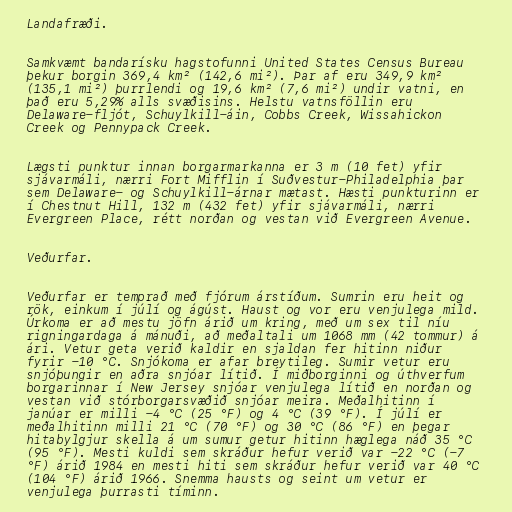
Landafræði.

Samkvæmt bandarísku hagstofunni United States Census Bureau
þekur borgin 369,4 km² (142,6 mi²). Þar af eru 349,9 km²
(135,1 mi²) þurrlendi og 19,6 km² (7,6 mi²) undir vatni, en
það eru 5,29% alls svæðisins. Helstu vatnsföllin eru
Delaware-fljót, Schuylkill-áin, Cobbs Creek, Wissahickon
Creek og Pennypack Creek.

Lægsti punktur innan borgarmarkanna er 3 m (10 fet) yfir
sjávarmáli, nærri Fort Mifflin í Suðvestur-Philadelphia þar
sem Delaware- og Schuylkill-árnar mætast. Hæsti punkturinn er
í Chestnut Hill, 132 m (432 fet) yfir sjávarmáli, nærri
Evergreen Place, rétt norðan og vestan við Evergreen Avenue.

Veðurfar.

Veðurfar er temprað með fjórum árstíðum. Sumrin eru heit og
rök, einkum í júlí og ágúst. Haust og vor eru venjulega mild.
Úrkoma er að mestu jöfn árið um kring, með um sex til níu
rigningardaga á mánuði, að meðaltali um 1068 mm (42 tommur) á
ári. Vetur geta verið kaldir en sjaldan fer hitinn niður
fyrir -10 °C. Snjókoma er afar breytileg. Sumir vetur eru
snjóþungir en aðra snjóar lítið. Í miðborginni og úthverfum
borgarinnar í New Jersey snjóar venjulega lítið en norðan og
vestan við stórborgarsvæðið snjóar meira. Meðalhitinn í
janúar er milli -4 °C (25 °F) og 4 °C (39 °F). Í júlí er
meðalhitinn milli 21 °C (70 °F) og 30 °C (86 °F) en þegar
hitabylgjur skella á um sumur getur hitinn hæglega náð 35 °C
(95 °F). Mesti kuldi sem skráður hefur verið var -22 °C (-7
°F) árið 1984 en mesti hiti sem skráður hefur verið var 40 °C
(104 °F) árið 1966. Snemma hausts og seint um vetur er
venjulega þurrasti tíminn.